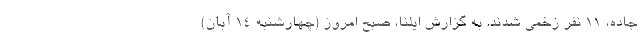
جاده، ۱۱ نفر زخمی شدند. به گزارش ایلنا، صبح امروز (چهارشنبه ۱۴ آبان)